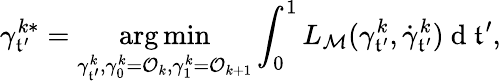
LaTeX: \gamma_{\mathfrak{t}^{\prime}}^{k*}=\underset{\gamma_{\mathfrak{t}^{\prime}}^{k},\gamma_{0}^{k}=\mathcal{{O}}_{k},\gamma_{1}^{k}=\mathcal{{O}}_{k+1}}{\arg\operatorname*{min}}\int_{0}^{1}L_{{\mathcal{{M}}}}(\gamma_{\mathfrak{t}^{\prime}}^{k},\dot{{\gamma}}_{\mathfrak{t}^{\prime}}^{k})\mathrm{{~d~}}\mathfrak{t}^{\prime},